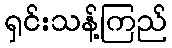
ရှင်းသန့်ကြည်